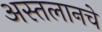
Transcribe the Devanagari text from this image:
अस्तलानचे